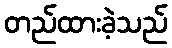
တည်ထားခဲ့သည်